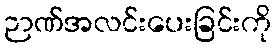
ဉာဏ်အလင်းပေးခြင်းကို